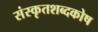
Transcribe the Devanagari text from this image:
संस्कृतशब्दकोष